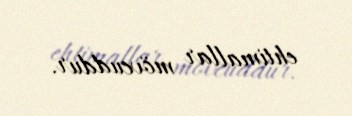
ehtimallar mövcuddur.